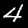
Label: 4